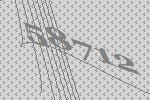
58712